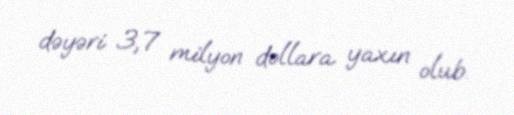
dəyəri 3,7 milyon dollara yaxın olub.